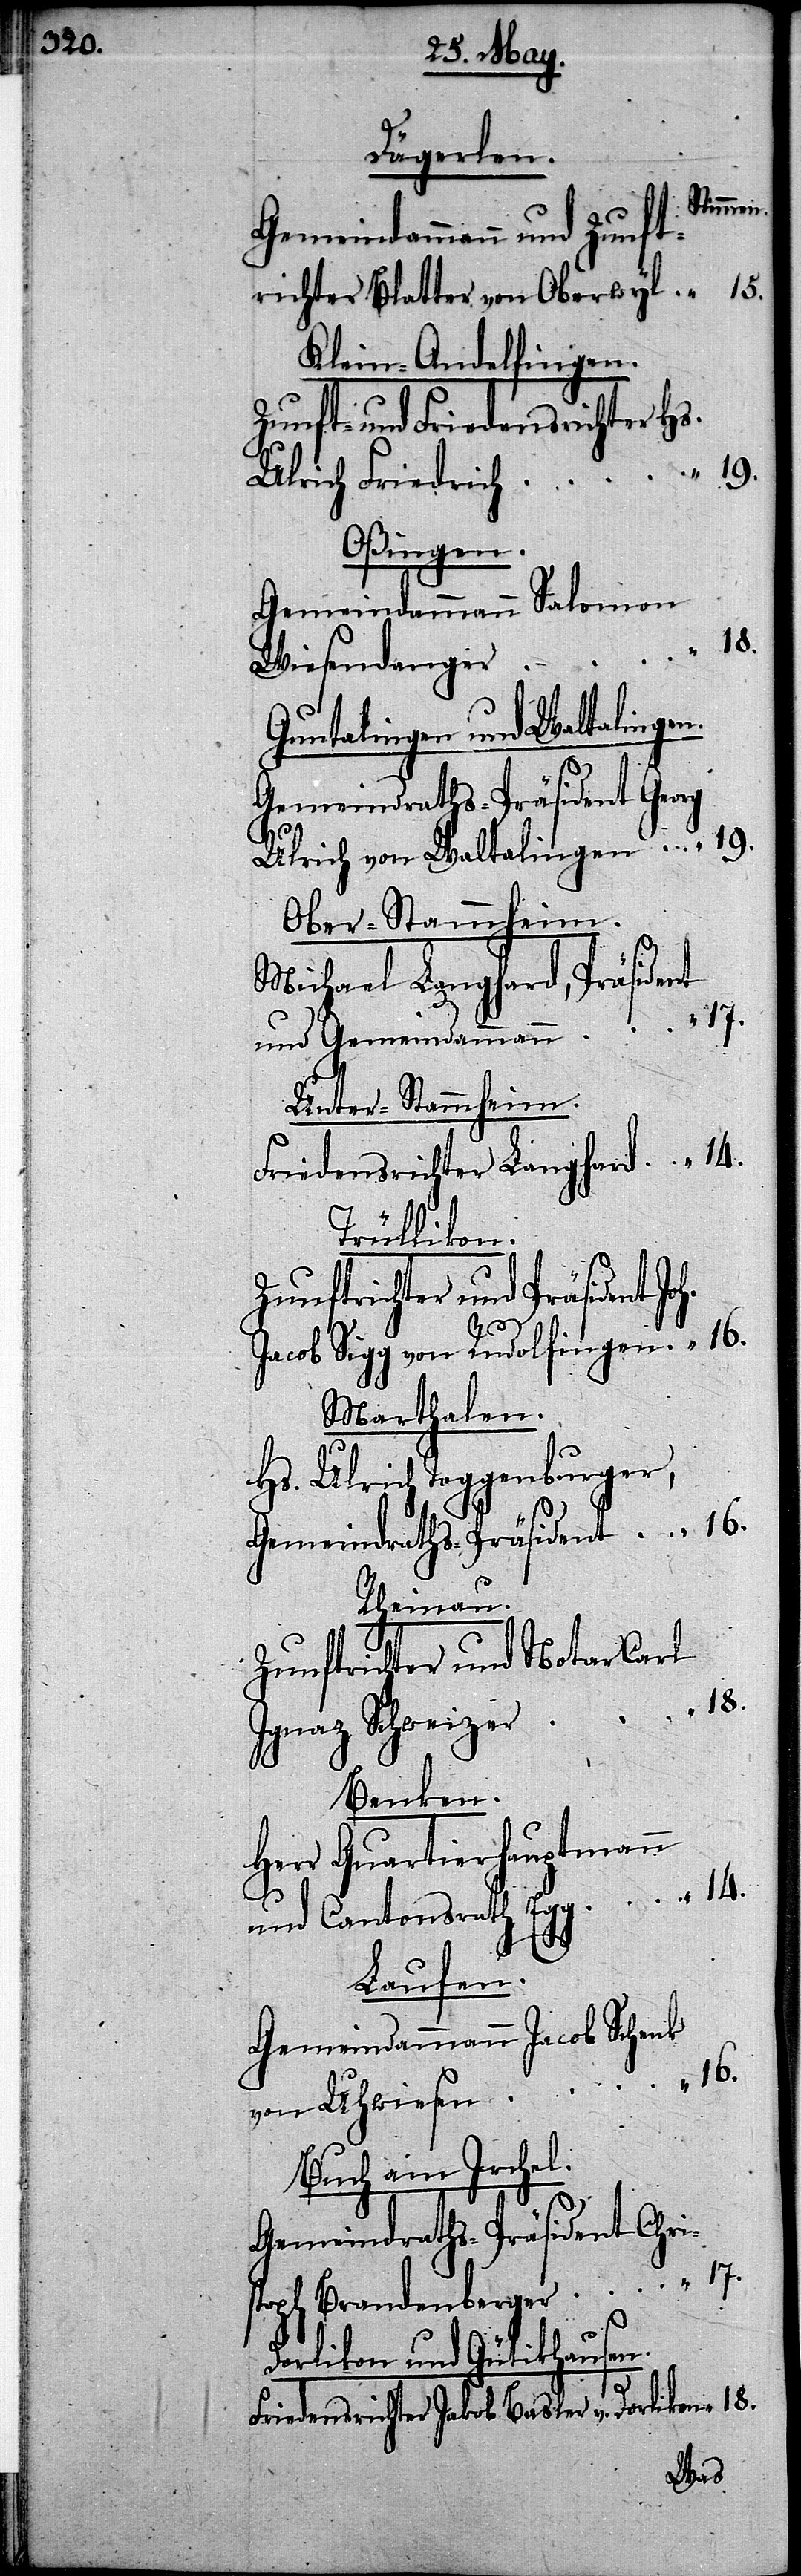
Dägerlen.
Stimmen.
Gemeindammann und Zunft¬
richter Blatter von Oberwyl
Klein-Andelfingen.
Zunft- und Friedensrichter Hs.
Ulrich Friedrich
Oßingen.
Gemeindammann Salomon
“ 18.
Wiesendanger
Guntalingen und Waltalingen
Gemeindraths-Präsident
Ulrich von Waltalingen
Ober-Stammheim.
Michael Langhard, Präsident
und Gemeindammann
Unter-Stammheim
Friedensrichter Langhard
Trüllikon.
Zunftrichter und Präsident
16.
Jacob Sigg von Rudolfingen
Marthalen.
Hs. Ulrich Toggenburger,
Rheinau.
Zunftrichter und Notar Carl
Ignaz Schweizer
Benken.
Herr Quartierhauptmann
und Cantonsrath Egg
14.
Laufen.
Gemeindammann Jacob Schenk
von Uhwiesen
Buch am Irchel.
Gemeindraths-Präsident Chri¬
stoph Brandenberger
Dorlikon und Gütikhausen.
Friedensrichter Jakob Basler v. Dorlikon